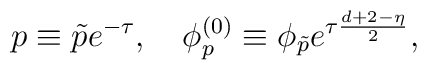
p\equiv\tilde pe^{-\tau},\ \ \      \phi_p^{(0)}\equiv\phi_{\tilde p}e^{\tau\frac{d+2-\eta}{2}},